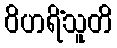
ဝိဟရိံသူတိ